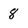
Character: 8